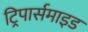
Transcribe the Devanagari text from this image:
ट्रिपार्समाइड